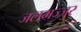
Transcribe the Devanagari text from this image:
जलमज्जुर